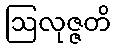
ဩလုဇ္ဇတိ